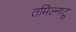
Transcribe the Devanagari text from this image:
तमिल्नाटु